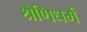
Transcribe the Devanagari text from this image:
श्रेणिधर्म